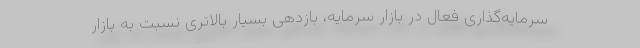
سرمایه‌گذاری فعال در بازار سرمایه، بازدهی بسیار بالاتری نسبت به بازار